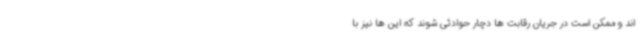
اند و ممکن است در جریان رقابت ها دچار حوادثی شوند که این ها نیز با